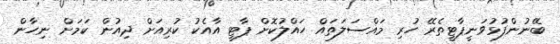
ބޭނުންފުޅުވަނީޕާޓީތެރޭ ހުރި މައްސަލަތައް ހައްލުކޮށް ޕާޓީ އާއެކު ކުރިއަށް ދިއުން ކަމަށް ނިހާން